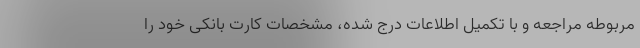
مربوطه مراجعه و با تکمیل اطلاعات درج شده، مشخصات کارت بانکی خود را